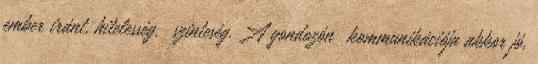
ember iránt, hitelesség, ıszinteség. A gondozónı kommunikációja akkor jó,